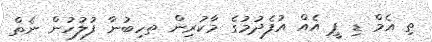
ތި އެމް ޑި ޕީ އެއް އުފެދުމުގެ މާކުރިން ތހިބުނާ ފުލުހުން ނެތް